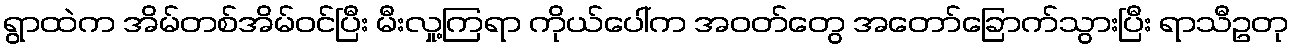
ရွာထဲက အိမ်တစ်အိမ်ဝင်ပြီး မီးလှု့ကြရာ ကိုယ်ပေါ်က အဝတ်တွေ အတော်ခြောက်သွားပြီး ရာသီဥတု